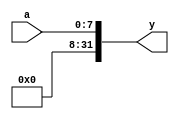
module extend24(input   [7:0] a,output [31:0] y);
reg c=1'b0;
 assign y = {{8{c}}, a};
endmodule